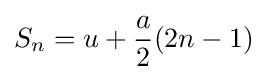
S_{n}=u+{\frac {a}{2}}(2n-1)